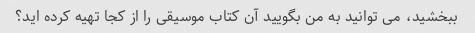
ببخشید، می توانید به من بگویید آن کتاب موسیقی را از کجا تهیه کرده اید؟